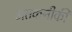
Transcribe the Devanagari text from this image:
अतकनीकी